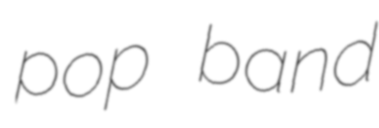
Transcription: pop band